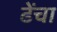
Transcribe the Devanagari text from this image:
ढेंचा